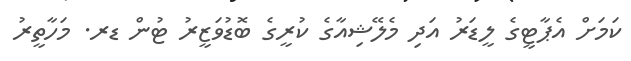
ކަމަށް އެޕާޓީގެ ލީޑަރު އަދި މެލޭޝިއާގެ ކުރީގެ ބޮޑުވަޒީރު ޓުން ޑރ. މަހާތީރު